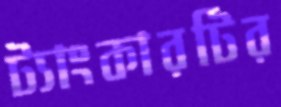
ট্যাংকারটির